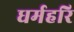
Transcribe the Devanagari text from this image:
धर्महरि